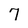
Character: 7